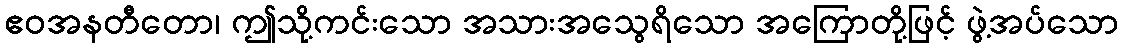
ဧဝအနတီတော၊ ဤသို့ကင်းသော အသားအသွေရိသော အကြောတို့ဖြင့် ဖွဲ့အပ်သော